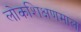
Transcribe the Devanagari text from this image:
लोकशिक्षणमाला